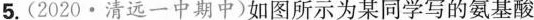
5.(2020·清远一中期中)如图所示为某同学写的氨基酸